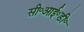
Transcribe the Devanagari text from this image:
सी॰आई॰डी॰